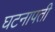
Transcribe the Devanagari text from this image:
घटनापती